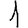
Digit: 1